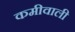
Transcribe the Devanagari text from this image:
कमीवाली